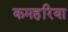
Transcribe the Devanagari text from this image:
कमहरिया